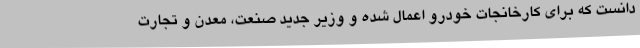
دانست که برای کارخانجات خودرو اعمال شده و وزیر جدید صنعت، معدن و تجارت